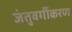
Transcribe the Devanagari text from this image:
जंतुवर्गीकरण